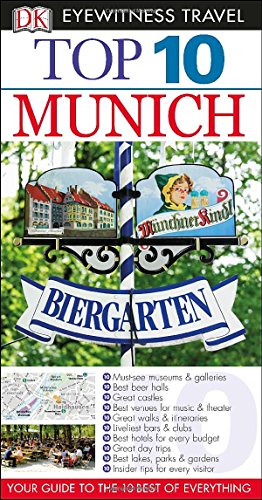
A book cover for Top 10 Munich (Eyewitness Top 10 Travel Guide); DK Publishing; Travel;